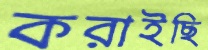
করাইছি